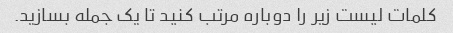
کلمات لیست زیر را دوباره مرتب کنید تا یک جمله بسازید.